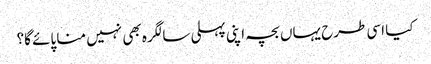
کیا اسی طرح یہاں بچہ اپنی پہلی سالگرہ بھی نہیں منا پائے گا؟